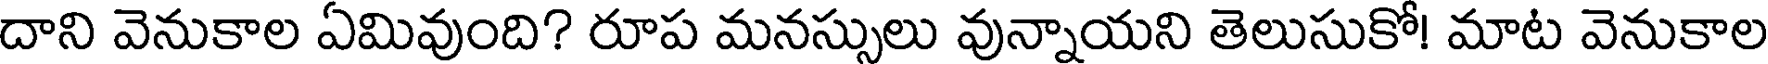
దాని వెనుకాల ఏమివుంది? రూప మనస్సులు వున్నాయని తెలుసుకో! మాట వెనుకాల